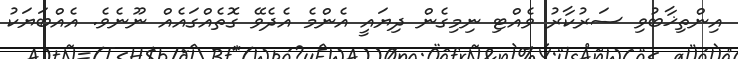
އިންތިޚާބުވި ސަރުކާރު ވެއްޓި ނިމިގެން ދިޔައީ އެންމެ އެދެވޭ ގޮތެއްގައެއް ނޫނެވެ. އެއްބަޔަކު